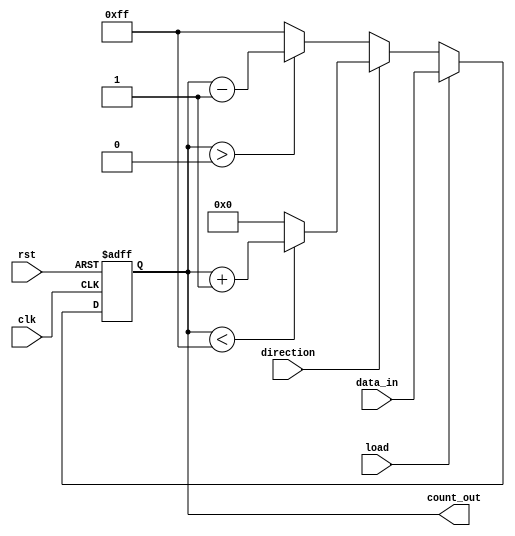
module LoadableCounter #(
    parameter N = 8 // Define the bit width of the counter
)(
    input wire clk,          // Clock input
    input wire rst,          // Asynchronous reset
    input wire load,         // Load signal
    input wire direction,     // Direction signal (1 for up, 0 for down)
    input wire [N-1:0] data_in, // Data input for loading
    output reg [N-1:0] count_out // Count output
);

    // Define the maximum value for N bits
    localparam MAX_COUNT = (1 << N) - 1; // 2^N - 1

    // Asynchronous reset
    always @(posedge clk or posedge rst) begin
        if (rst) begin
            count_out <= 0; // Reset the counter to 0
        end else if (load) begin
            count_out <= data_in; // Load the input data into the counter
        end else begin
            // Count up or down based on the direction signal
            if (direction) begin
                // Count up
                if (count_out < MAX_COUNT) begin
                    count_out <= count_out + 1; // Increment
                end else begin
                    count_out <= 0; // Wrap around to 0
                end
            end else begin
                // Count down
                if (count_out > 0) begin
                    count_out <= count_out - 1; // Decrement
                end else begin
                    count_out <= MAX_COUNT; // Wrap around to MAX_COUNT
                end
            end
        end
    end
endmodule